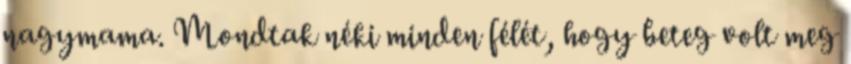
nagymama. Mondtak néki minden félét, hogy beteg volt meg